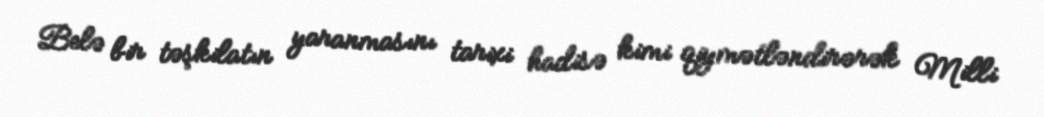
Belə bir təşkilatın yaranmasını tarixi hadisə kimi qiymətləndirərək Milli